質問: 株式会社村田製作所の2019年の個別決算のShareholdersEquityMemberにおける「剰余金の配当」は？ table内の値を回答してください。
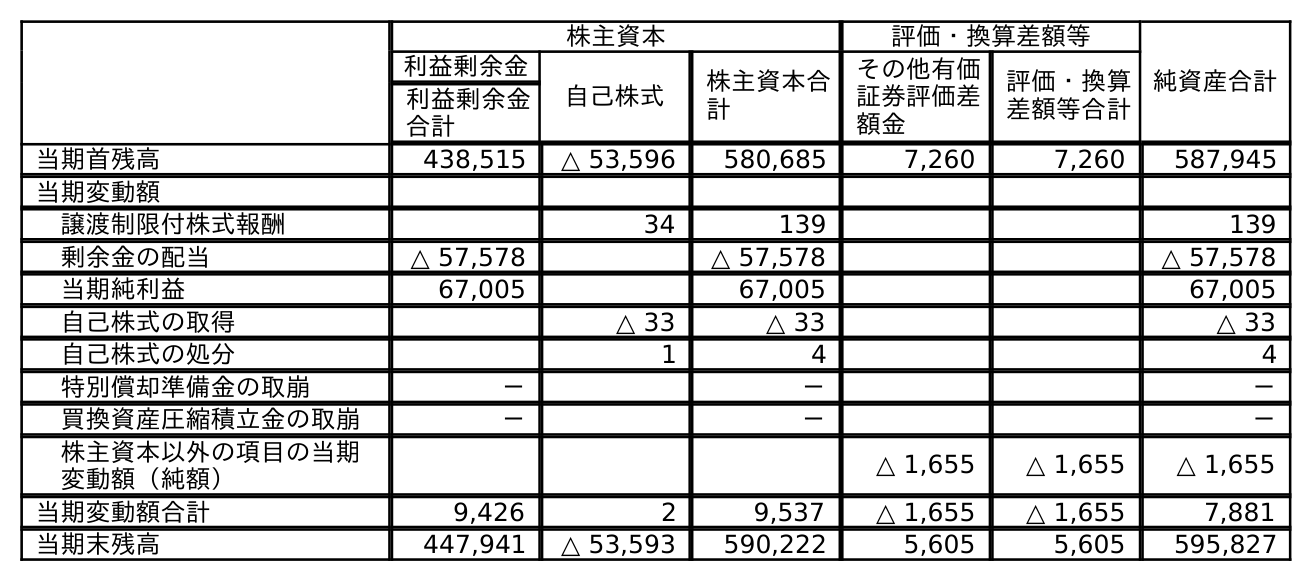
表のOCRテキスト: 株主資本 評価・換算差額等 純資産合計 利益剰余金 自己株式 株主資本合 計 その他有価 証券評価差 額金 評価・換算 差額等合計 利益剰余金 合計 当期首残高 438,515 △ 53,596 580,685 7,260 7,260 587,945 当期変動額 譲渡制限付株式報酬 34 139 139 剰余金の配当 △ 57,578 △ 57,578 △ 57,578 当期純利益 67,005 67,005 67,005 自己株式の取得 △ 33 △ 33 △ 33 自己株式の処分 1 4 4 特別償却準備金の取崩 － － － 買換資産圧縮積立金の取崩 － － － 株主資本以外の項目の当期 変動額（純額） △ 1,655 △ 1,655 △ 1,655 当期変動額合計 9,426 2 9,537 △ 1,655 △ 1,655 7,881 当期末残高 447,941 △ 53,593 590,222 5,605 5,605 595,827
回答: △57,578